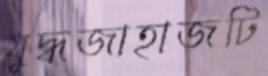
যুদ্ধজাহাজটি